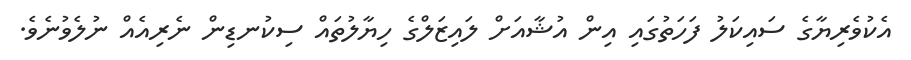
އެކުވެރިޔާގެ ސައިކަލު ފަހަތުގައި އިން އުޝާއަށް ލައިޒަލްގެ ހިޔާލުތައް ސިކުނޑިން ނެރިއެއް ނުލެވުނެވެ.